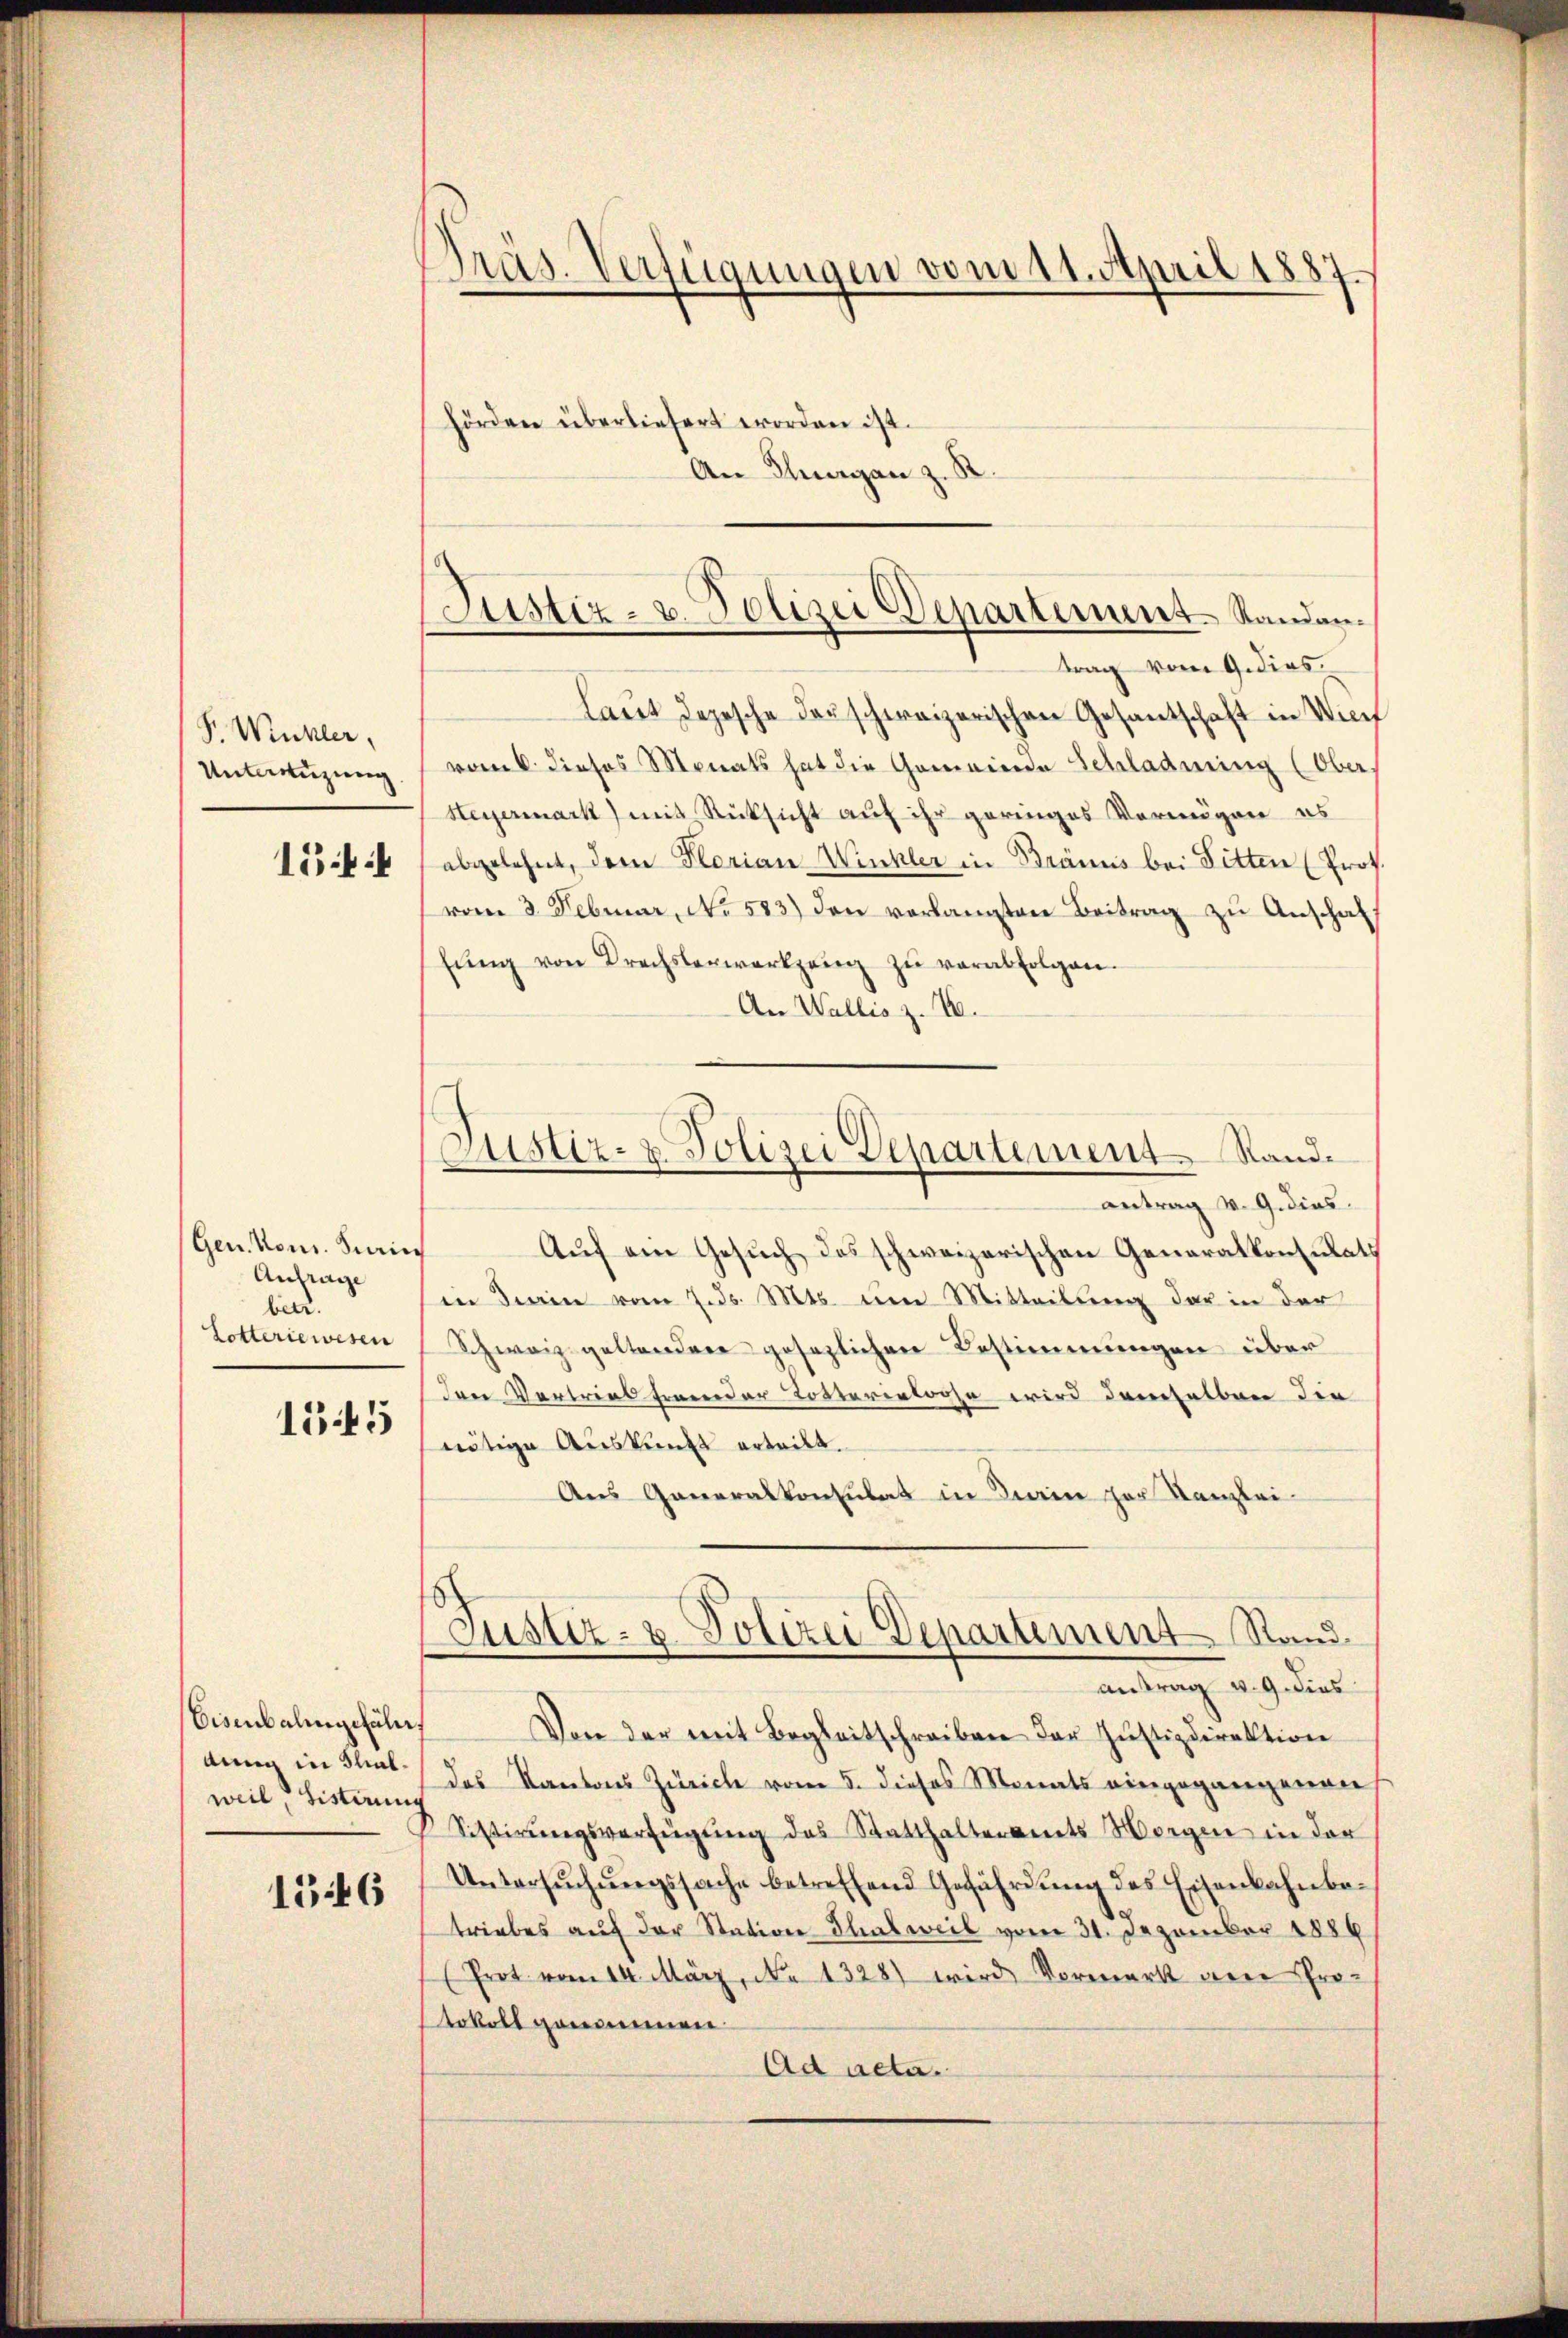
P. Wikler,
Unterenzung
15

Gen. Non. Juri
Anfrage
beer.
Lotteriewesen

1545

Eisenbahngefähr
weil Fisterung

1346

Präs. Verfügungen vom 11. April 1887.

hörden überliefert worden ist.
An Thurgan z. B.
trag vom 9. dies
laut depesche darschweizerischen Gesantschaft in Wurf
vom 6. dieses Monats hat die Gemeinde Schladnung (Ober
Heyermark) mit Rücksicht auf ihr geringes Vermögen es
abgelehnt, dem Plorian Winkler in Brännis bei Fitten (Prot.
vom 3. Februar, No 583.) den verlangten Beitrag zu Anschaff
lŭng von Drechsterwerkzeug zŭ verabfolgen.
An Wallis z. 16.
antrag v. 9. dies
f
Auf ein Gesuch des schweizerischen Generalkon Rath
in Dein vom 7. ds. Mts. um Mitteilung der in der
Schweiz geltendere gesezlichen Bestimmungen über
Drei Vertrieb fremder Tottererloose wird demselben die
nötige Auskunft erteilt.
Aus Generalkonsultat in Dein zur Kanzlei-
Justiz- u. Polizei Departement Rand
antrag v. 9. dies
Von der mit Begleitschreiben der Justizdirektion
dung in 3 des Kantons Zürich vom 5. dieses Monats eingegangenens
Sistirungsverfügung des Statthalteramts Morgen in der
Untersuchungssache betreffend Gefährdung des Eisenbahnbotriebes auf der Station Thalweil vom 31. Dezember 1889
(Prot vom 14. März, No 1328) wird Vormerk der Protokoll genommen
Ad acta.

Justiz- u. Polizei Departement. Standan¬

Justiz- & Polizei Departement Sand¬